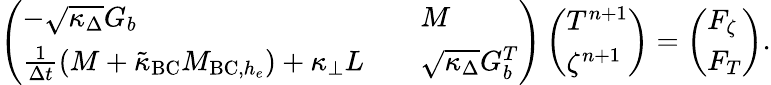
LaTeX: \left(\begin{array}{lll}{-\sqrt{\kappa_{\Delta}}G_{b}}&&{M}\\ {\frac{1}{\Delta t}(M+\tilde{\kappa}_{\mathrm{BC}}M_{\mathrm{BC},h_{e}})+\kappa_{\perp}L}&&{\sqrt{\kappa_{\Delta}}G_{b}^{T}}\end{array}\right)\left(\begin{array}{l}{T^{n+1}}\\ {\zeta^{n+1}}\end{array}\right)=\left(\begin{array}{l}{F_{\zeta}}\\ {F_{T}}\end{array}\right).